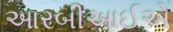
આરબીઆઈએ